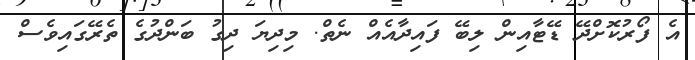
އެ ފޯރުކޮށްދޭ ޑޭޓާއިން ލިބޭ ފައިދާއެއް ނެތް. މިދިޔަ ދިގު ބަންދުގެ ތެރޭގައިވެސް